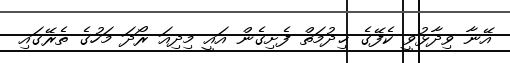
އޭނާ ވިދާޅުވީ ކެފޭގެ ޚިދުމަތް ފެށިގެން އައީ މިދިއަ ރޯދަ މަހުގެ ތެރޭގައި